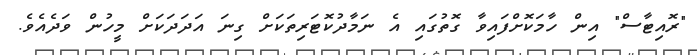
"ރޮއިޓާސް" އިން ހާމަކޮށްފައިވާ ގޮތުގައި އެ ނަމާދުކޮޓަރިތަކަށް ގިނަ އަދަދަކަށް މީހުން ވަދެއެވެ.